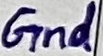
Text: Gnd